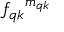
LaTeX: { f _ { q k } } ^ { m _ { q k } }